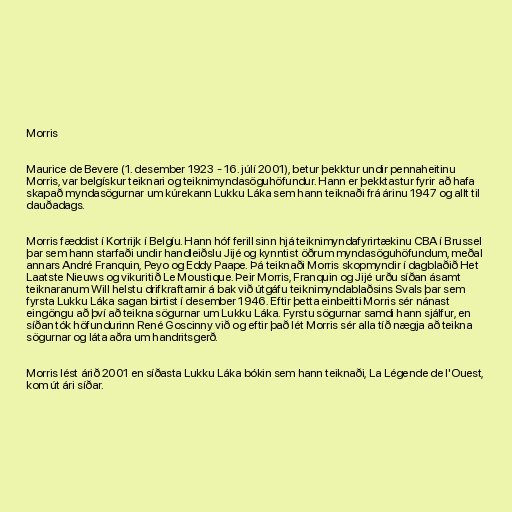
Morris

Maurice de Bevere (1. desember 1923 - 16. júlí 2001), betur þekktur undir pennaheitinu
Morris, var belgískur teiknari og teiknimyndasöguhöfundur. Hann er þekktastur fyrir að hafa
skapað myndasögurnar um kúrekann Lukku Láka sem hann teiknaði frá árinu 1947 og allt til
dauðadags.

Morris fæddist í Kortrijk í Belgíu. Hann hóf ferill sinn hjá teiknimyndafyrirtækinu CBA í Brussel
þar sem hann starfaði undir handleiðslu Jijé og kynntist öðrum myndasöguhöfundum, meðal
annars André Franquin, Peyo og Eddy Paape. Þá teiknaði Morris skopmyndir í dagblaðið Het
Laatste Nieuws og vikuritið Le Moustique. Þeir Morris, Franquin og Jijé urðu síðan ásamt
teiknaranum Will helstu drifkraftarnir á bak við útgáfu teiknimyndablaðsins Svals þar sem
fyrsta Lukku Láka sagan birtist í desember 1946. Eftir þetta einbeitti Morris sér nánast
eingöngu að því að teikna sögurnar um Lukku Láka. Fyrstu sögurnar samdi hann sjálfur, en
síðan tók höfundurinn René Goscinny við og eftir það lét Morris sér alla tíð nægja að teikna
sögurnar og láta aðra um handritsgerð.

Morris lést árið 2001 en síðasta Lukku Láka bókin sem hann teiknaði, La Légende de l'Ouest,
kom út ári síðar.